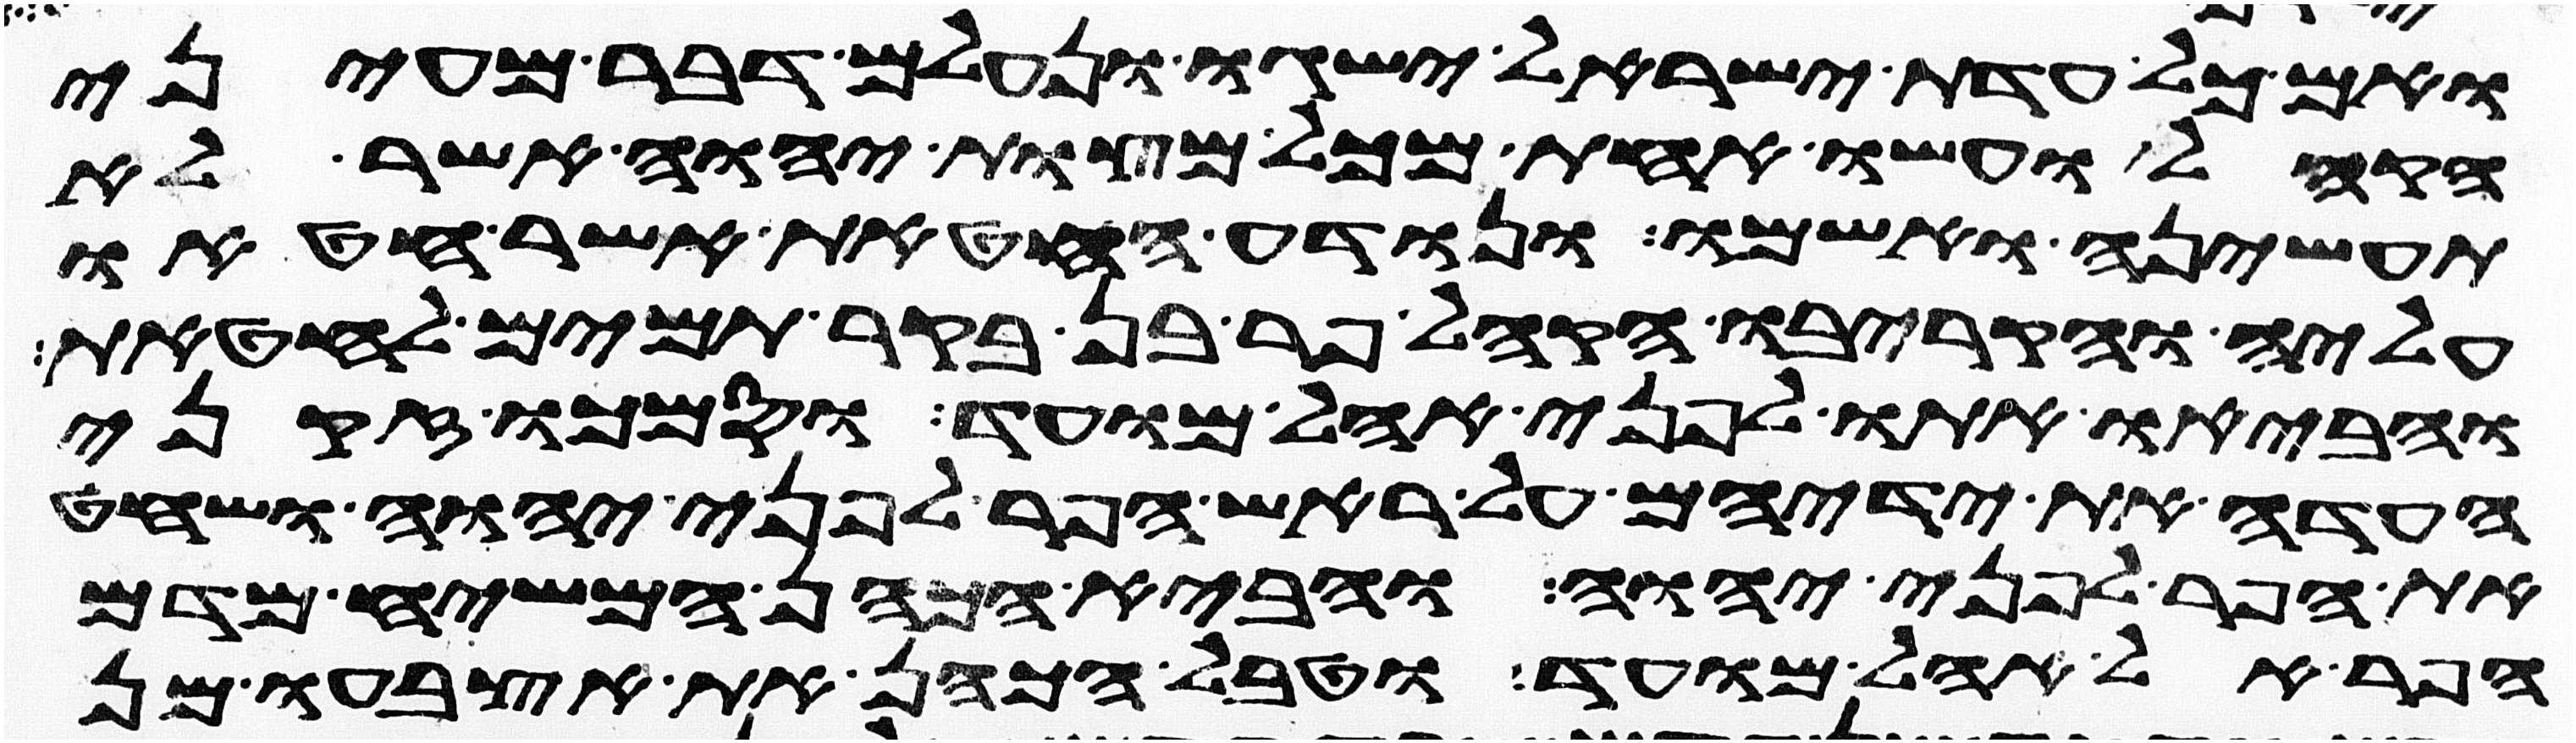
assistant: ואם כל עדת ישראל ישגו ונעלם דבר מעיני
הקהל ועשו אחת מכל מצות יהוה אשר לא
תעשיהן ואשמו ונודע החטאת אשר חטאו
עליה והקריבו הקהל פר בן בקר תמים לחטאת
והביאו אתו לפני אהל מועד וסמכו זקני
העדה את ידיהם על ראש הפר לפני יהוה ושחט
את הפר לפני יהוה והביא הכהן המשיח מדם
הפר אל אהל מועד וטבל הכהן את אצבעו מן